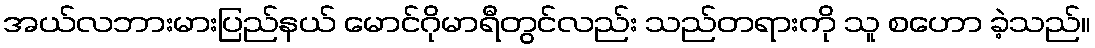
အယ်လဘားမားပြည်နယ် မောင်ဂိုမာရီတွင်လည်း သည်တရားကို သူ စဟော ခဲ့သည်။